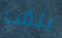
بلقب